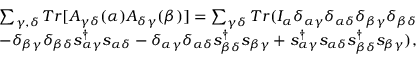
\begin{array} { r } { { \sum _ { \gamma , \delta } T r [ A _ { \gamma \delta } ( \alpha ) A _ { \delta \gamma } ( \beta ) ] = \sum _ { \gamma \delta } T r ( I _ { \alpha } \delta _ { \alpha \gamma } \delta _ { \alpha \delta } \delta _ { \beta \gamma } \delta _ { \beta \delta } } } \\ { { - \delta _ { \beta \gamma } \delta _ { \beta \delta } s _ { \alpha \gamma } ^ { \dagger } s _ { \alpha \delta } - \delta _ { \alpha \gamma } \delta _ { \alpha \delta } s _ { \beta \delta } ^ { \dagger } s _ { \beta \gamma } + s _ { \alpha \gamma } ^ { \dagger } s _ { \alpha \delta } s _ { \beta \delta } ^ { \dagger } s _ { \beta \gamma } ) } , } \end{array}